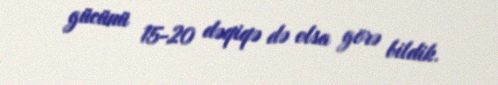
gücünü 15-20 dəqiqə də olsa görə bildik.